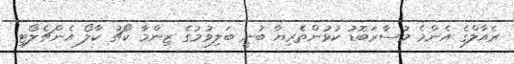
ރެއާލްގެ އެންމެ މުސާރަބޮޑު ކުޅުންތެރިޔާ ބުނީ ބަލިވުމުގެ ޒިންމާ ކޯޗު ކާލޯ އެންޗެލޯޓި